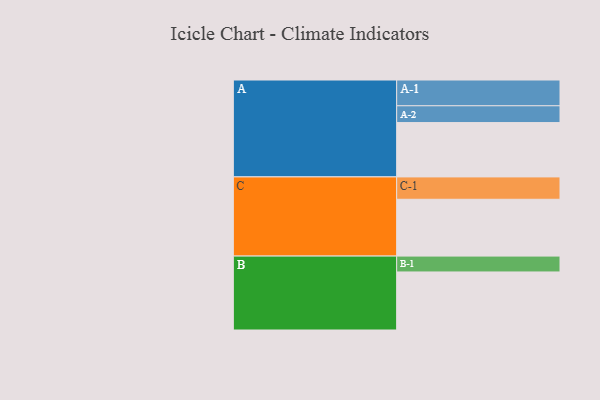
{"axis": {"x": "Segment", "y": "Value"}, "legend": ["", "A", "B", "C"], "data": [{"x": "A", "y": 527, "type": ""}, {"x": "B", "y": 563, "type": ""}, {"x": "C", "y": 551, "type": ""}, {"x": "A-1", "y": 250, "type": "A"}, {"x": "A-2", "y": 163, "type": "A"}, {"x": "B-1", "y": 154, "type": "B"}, {"x": "C-1", "y": 217, "type": "C"}]}